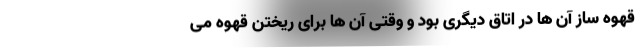
قهوه ساز آن ها در اتاق دیگری بود و وقتی آن ها برای ریختن قهوه می